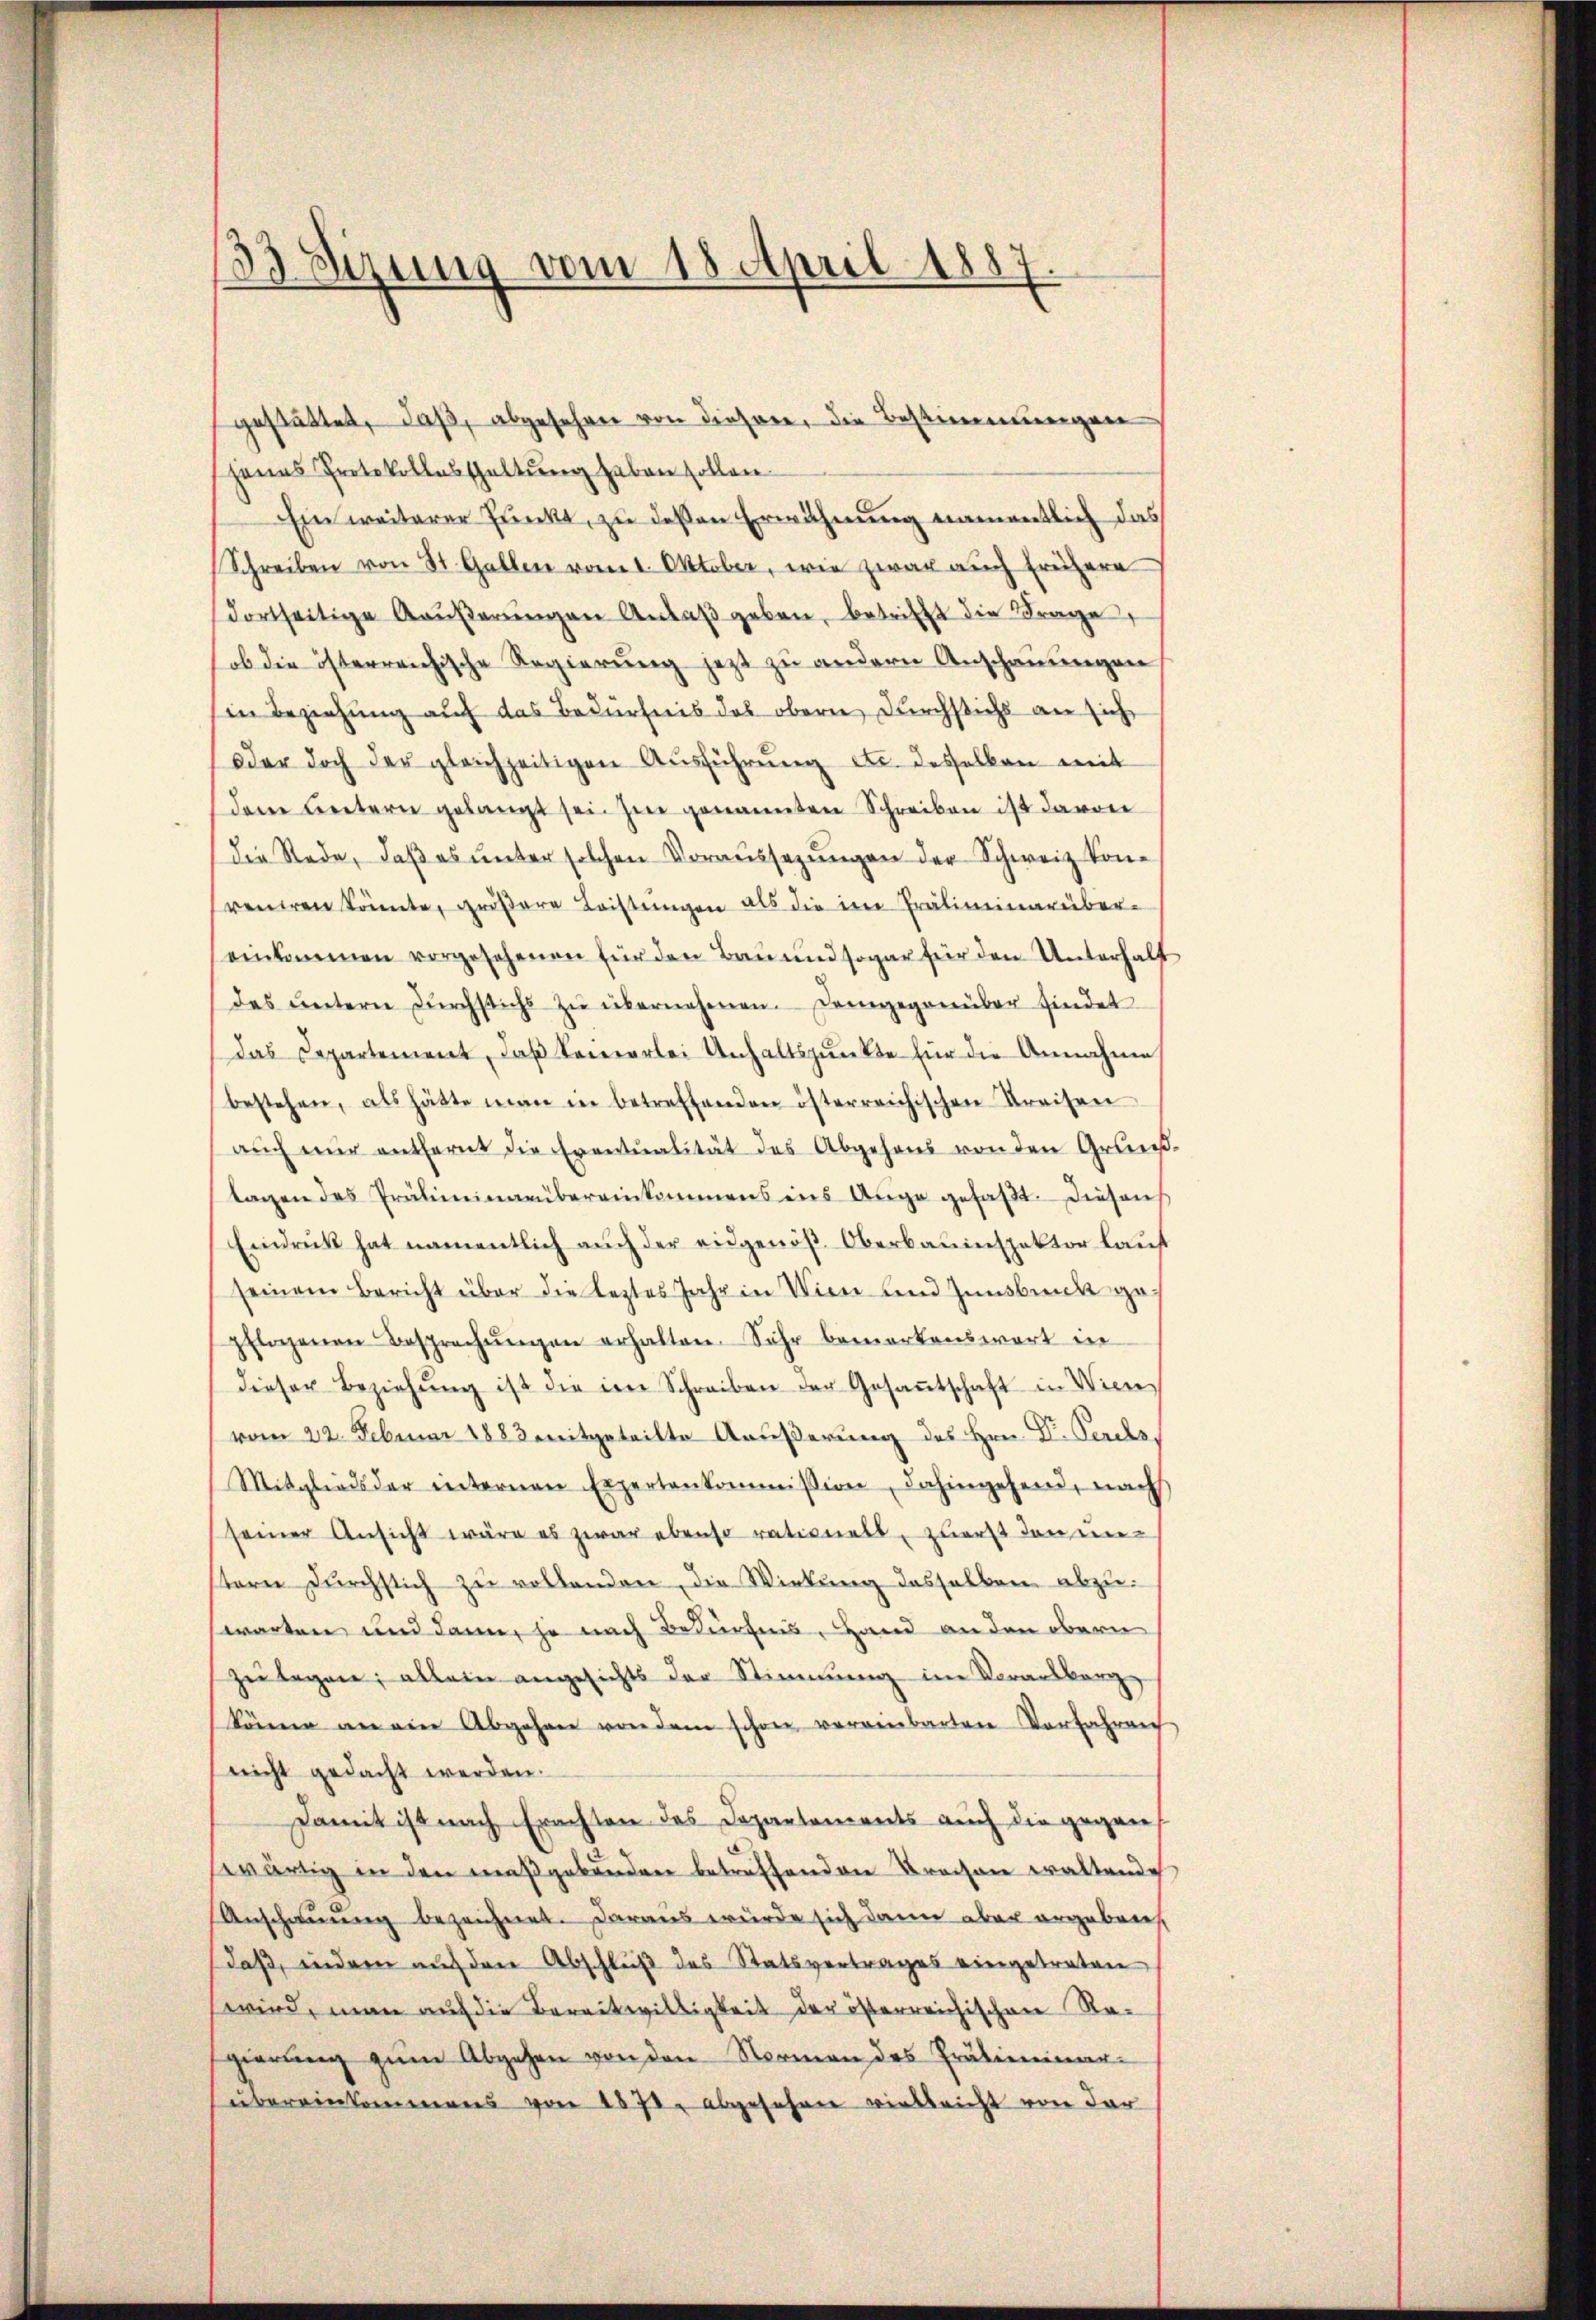
33 Sizung vom 18. April 1887.

gestättet, daß, abgesehen von dieser, die Bestimmungen
hanas Protokollasthaltung haben sollen.
Ein weiterer Punkt, zu deßen Erwähnung namentlich das
Schreiben von St. Gallen vom 1. Oktober, wie zwar auch frühere
dortseitige Kaŭβerŭngen Anlaβ geben, betrifft die Frage
ob die österreichische Regierung jetzt zu andern Anschauungen
in Beziehung auf das Bedürfnis des obern durchstichs an sich
oder doch der gleichzeitigen Aŭsführŭng etc. desselben mit
dem Leitern gelangt sei. Im genannten Schreiben ist davon
die Rede, daβ es ŭnter solchen Voraŭssezŭngen der Schweiz kon-
veniren könnte, größere Leistungen als die im Präliminarüber-
einkommen vorgesehenen für den Bau und sogar für den Unterhalf
des ŭntern dŭrchstichs zŭ übernehmen. Demgegenüber findet
das Departement, daß Sennerlei Unhaltspunkte für die Annahme
bestehen, als hätte man in betreffenden österreichischen Kreisen
aŭch nŭr entfernt die Eventualität des Abgehens von den Grund-
tagen des Präliminarbereinkommens ins Auge gefaßt. Diesens
Eindruck hat namentlich auch der eidgenöß Oberbauinspektor lauf
seinem Bericht über die leztes Jahr in Wien und Innsbank ge-
pflogenen Besprechŭngen erhalten. Sehr bemerkenswert in
dieser Beziehŭng ist die im Schreiben der Gesaṁtschaft in Wienvom 22. Februar 1883 mitgeteilte Aeußerung des Hrn. D. Perchs
Mitglieds der internen Expertenkommission, dahingehend, nach
seiner Ansicht wäre es zwar ebenso rationell, zuerst den unstern dŭrchstich zu vollenden, die Wirkung desselben abzuwarten und dann, je nach Bedürfnis, Hand an den obern
zŭ legen; allein angesichts der Stimmung im Vorarlberg-
könne an ein Abgehen von dem schon vereinbarten Vorfahren
nicht gedacht werden.
Damit ist nach Erachten des Departements auch die gegens
wärtig in den maßgebunden betreffenden Preisen waltende
Anschauung bezeichnet. Daraus würde sich dann aber ergeben
daß, indem auf den Abschluß des Statsvertrages eingetreten
wird, man auf die Bereitwilligkeit der österreichischen Regierŭng zŭm Abgehen von den Normen des Präliminar-
übereinkommens von 1872, abgesehene vielleicht von der